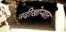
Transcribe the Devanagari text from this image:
नदीखोर्‍यात